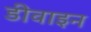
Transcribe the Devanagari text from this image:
डीवाइन